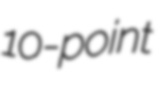
10-point